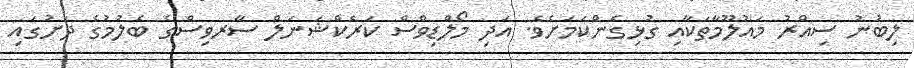
ލިބުނު ސިއްރު މައުލޫމާތަކާއި ގުޅިގެންކަމަށެވެ. އަދި މޯލްޑިވްސް ކަރެކްޝަނަލް ސާރވިސްގެ ބެލުމުގެ ދަށުގައި